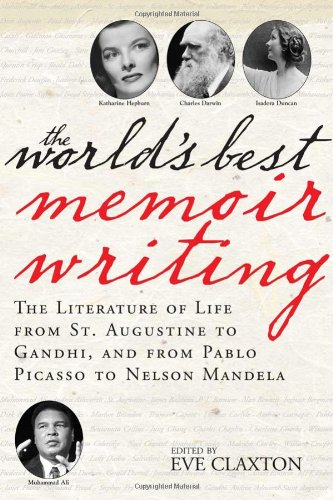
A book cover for The World's Best Memoir Writing: The Literature of Life from St. Augustine to Gandhi, and from Pablo Picasso to Nelson Mandela; Eve Claxton; Religion & Spirituality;